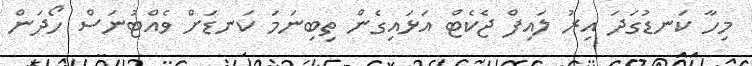
މިހާ ކަނޑުގަދަ އިރު ލައިފް ޖެކެޓް އަޅައިގެެން ތިބިނަމަ ކަނޑަށް ވެއްޓުނަސް ހޯދަން